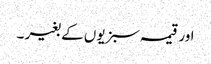
اور قیمہ سبزیوں کے بغیر ۔